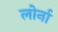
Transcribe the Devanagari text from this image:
लोर्ना